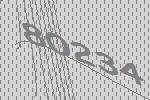
80234